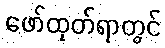
ဖော်ထုတ်ရာတွင်